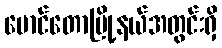
မောင်တောမြို့နယ်အတွင်းရှိ